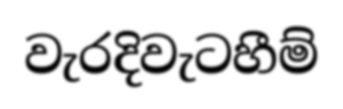
වැරදිවැටහීම්